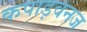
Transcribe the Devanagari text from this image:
कपाड़वनज